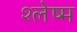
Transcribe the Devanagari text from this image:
श्‍लेष्‍म